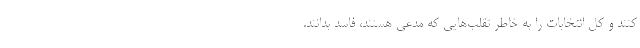
کنند و کل انتخابات را به خاطر تقلب‌هایی که مدعی هستند، فاسد بدانند.